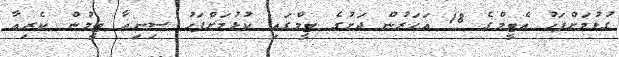
ގުޅުމަށްފަހު އެޓީމްގެ 18 އަހަރުން ދަށުގެ ޓީމްގައި ކުޅުމަށްފަހު ސިނިއާ ޓީމުން ކެރިއާ